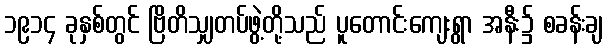
၁၉၁၄ ခုနှစ်တွင် ဗြိတိသျှတပ်ဖွဲ့တို့သည် ပူတောင်းကျေးရွာ အနီး၌ စခန်းချ